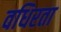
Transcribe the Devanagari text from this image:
वधिरता